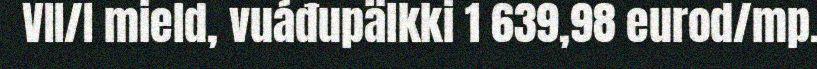
VII/I mield, vuáđupälkki 1 639,98 eurod/mp.